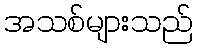
အသစ်များသည်